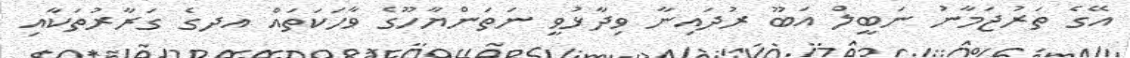
އޭގެ ތަރުޖަމާނު ނަބީލް އަބޫ ރުދައިނާ ވިދާޅުވީ ނަތަންޔާހޫގެ ވާހަކަތައް އދގެ ގަރާރުތަކާއި